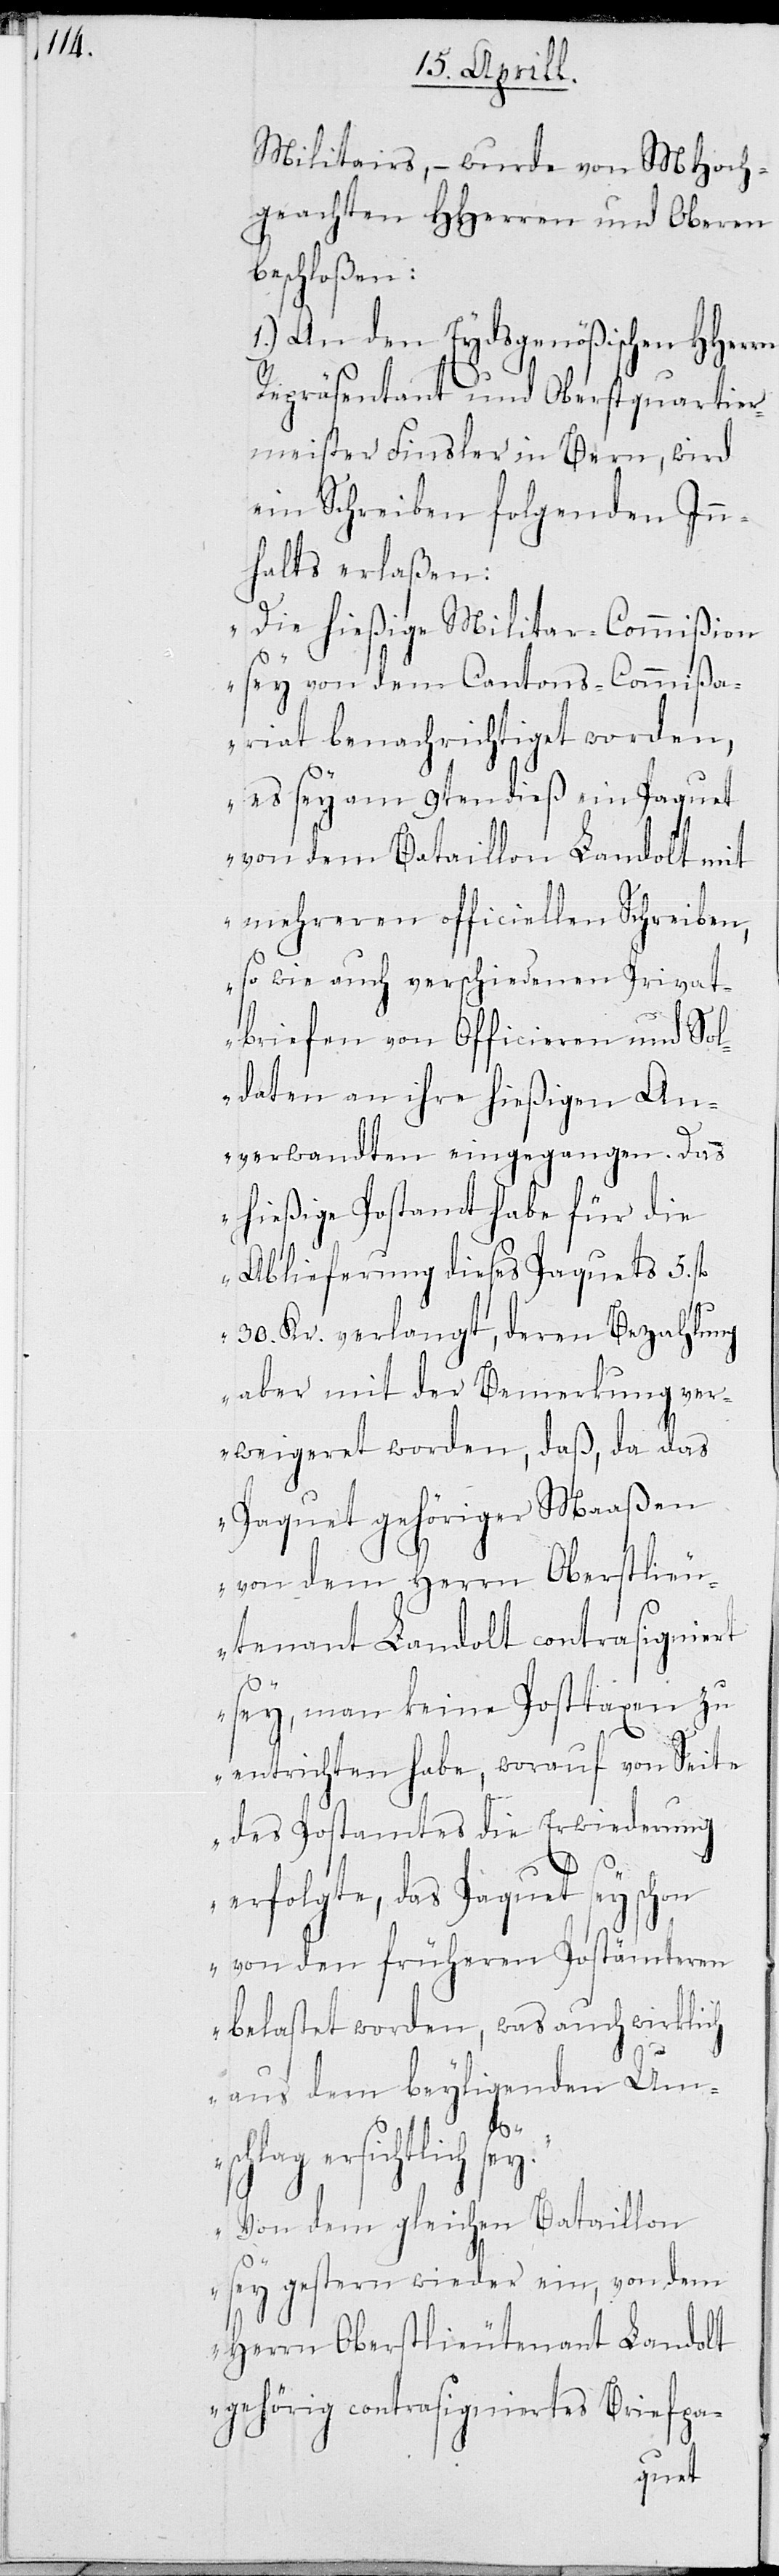
litairs, – wurde von MHoch¬
geachten HHerren und Oberen
beschloßen:
1.) An den Eydsgenößischen HHer¬
Repräsentant und Oberstquartier¬
meister Finsler in Bern, wird
ein Schreiben folgenden In¬
halts erlaßen:
„Die hießige Militar-Commißion
sey von dem Cantons-Commißa¬
riat benachrichtiget worden,
es sey am 9ten dieß ein Paquet
von dem Bataillon Landolt mit
mehreren officiellen Schreiben,
rn
so wie auch verschiedenen Privat¬
briefen von Officieren und Sol¬
daten an ihre hießigen An¬
verwandten eingegangen. Das
hießige Postamt habe für
Ablieferung dieses Paquets 5 fl
30 Kr. verlangt, deren Bezahlung
aber mit der Bemerkung ver¬
weigeret worden, daß, da das
Paquet gehöriger Maaßen
von dem Herrn Oberstlieu¬
tenant Landolt contrasigniert
sey, man keine Postatxen zu
entrichten habe, worauf von Seite
des Postamtes die Erwiederung
erfolgte, das Paquet sey schon
von den früheren Postämteren
belastet worden, was auch wirklich
aus dem beyligenden Ums¬
chlag ersichtlich
Von dem gleichen Bataillon
sey gestern wieder ein, von dem
Herrn Oberstlieutenant Landolt
gehörig contrasigniertes Briefpa-